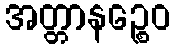
အတ္တာနဉ္စေဝ